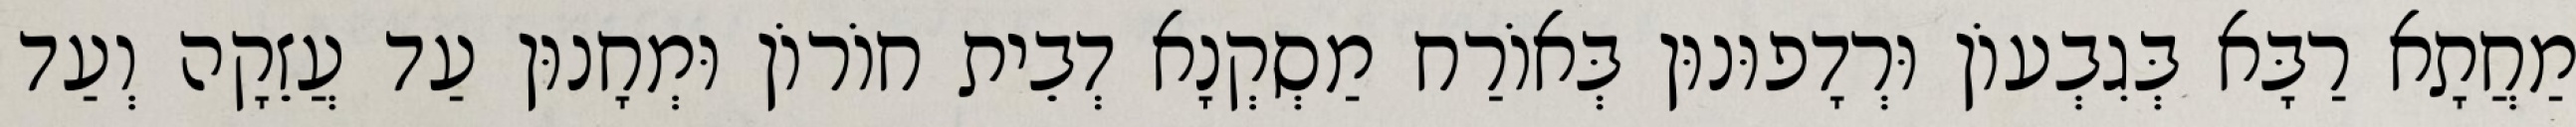
מַחֲתָא רַבָּא בְּגִבְעוֹן וּרְדָפוּנוּן בְּאוֹרַח מַסְקְנָא דְבֵית חוֹרוֹן וּמְחָנוּן עַד עֲזֵקָה וְעַד